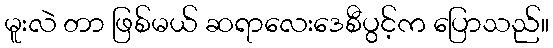
မူးလဲ တာ ဖြစ်မယ် ဆရာလေးဒေစီပွင့်က ပြောသည်။